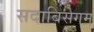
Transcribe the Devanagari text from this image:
सदाबिसेगम